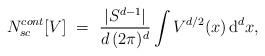
LaTeX: \begin{align*}N_{sc}^{cont}[V]\ =\ \frac{|S^{d-1}|}{d\,(2\pi )^{d}}\int V^{d/2}(x)\,\mathrm{d}^{d}x, \end{align*}